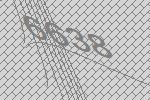
6638